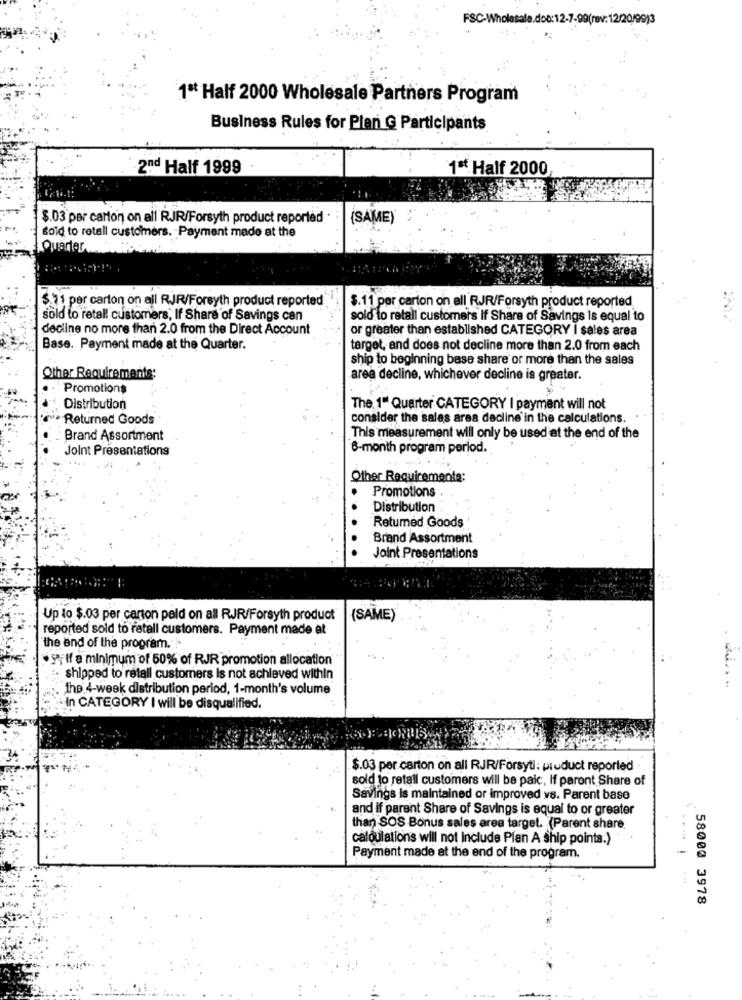
FSC-Wholesale.dob:12-7-99(rev: 12/20/99)3
1ªt Half 2000 Wholesale Partners Program
Business Rules for Plan G Participants
2nd Half 1999
1 ** Half 2000,
$.03 per carton on all RJR/Forsyth product reported .
(SAME)'
Sold to retall customers. Payment made at the
Quarter
$ 11 per carton on all RJR/Forsyth product reported
$.11 por carton on all RJR/Forsyth product reported
sold to retall customers, If Share of Savings can
sold to retall customers If Share of Savings is equal to
decline no more than 2.0 from the Direct Account
or greater than established CATEGORY I sales area
Base. Payment made at the Quarter.
target, and does not decline more than 2.0 from each
ship to beginning base share or more than the sales
Other Requirements:
area decline, whichever decline is greater.
Promotions
Distribution
The 1" Quarter CATEGORY I payment will not
Returned Goods
consider the sales area decline in the calculations.
Brand Assortment
This measurement will only be used at the end of the
Joint Presentations
6-month program perlod.
Other Requirements:
Promotions
Distribution
Returned Goods
Brand Assortment
Joint Presentations
Up to $.03 per carton peld on all RJR/Forsyth product
(SAME)
reported sold to retall customers. Payment made at
the end of the program.
· y'; If a minimum of 50% of RJR promotion allocation
shipped to retall customers is not achieved within
the. 4-week distribution period, 1-month's volume
In CATEGORY I will be disqualified.
$.03 per carton on all RJR/Forsyti: product reported
sold to retall customers will be paic, If paront Share of
Savings is maintained or improved vs. Parent base
and if parent Share of Savings is equal to or greater
than SOS Bonus sales area target. (Parent share,
caloulations will not include Plan A ship points.)
-
Payment made at the end of the program.
58000 3978